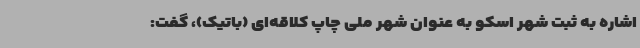
اشاره به ثبت شهر اسکو به عنوان شهر ملی چاپ کلاقه‌ای (باتیک)، گفت:‌